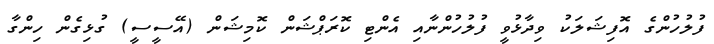
ފުލުހުންގެ އޮފިޝަލަކު ވިދާޅުވީ ފުލުހުންނާއި އެންޓި ކޮރަޕްޝަން ކޮމިޝަން (އޭސީސީ) ގުޅިގެން ހިންގާ